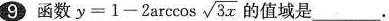
9 函数 $$ y = 1 - 2 arccos \sqrt { 3 x }$$ 的值域是___.